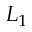
L _ { 1 }